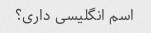
اسم انگلیسی داری؟